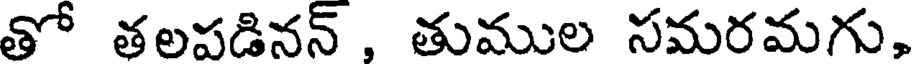
తో తలపడినన్ , తుముల సమరమగు,